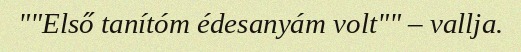
""Első tanítóm édesanyám volt"" – vallja.